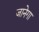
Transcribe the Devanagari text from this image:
जानेगा